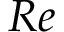
R e